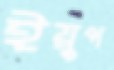
ইয়ুপ